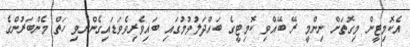
އެކޮމިޓީން މިގޮތަށް ނިންމީ ރޭ ބޭއްވި ކޮމިޓީގެ ބައްދަލުވުމުގައި ބައިވެރިވެވަޑައިގެންނެވި ހަތް މެންބަރުންގެ